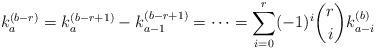
LaTeX: \begin{align*} k_a^{(b-r)} = k_a^{(b-r+1)}-k_{a-1}^{(b-r+1)} = \cdots = \sum_{i=0}^r (-1)^i \binom{r}{i} k_{a-i}^{(b)} \end{align*}